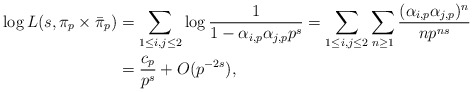
\begin{align*} \log L(s, \pi_p \times \bar \pi_p) &= \sum_{1 \le i, j \le 2 } \log \frac 1{1-\alpha_{i,p}\alpha_{j,p}p^{s}}= \sum_{1 \le i, j \le 2 } \sum_{n \ge 1} \frac{(\alpha_{i,p}\alpha_{j,p})^n}{np^{ns}} \\&= \frac{c_p} {p^{s}} + O(p^{-2s}),\end{align*}